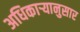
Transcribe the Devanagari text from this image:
अधिकाऱ्यानुसार